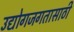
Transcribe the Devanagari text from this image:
उद्योगजगतासाठी